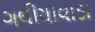
ગલીયાવાડા